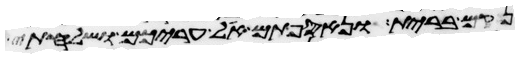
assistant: נקם ברית ונאספתם אל עריכם ושלחתי